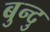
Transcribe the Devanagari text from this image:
बुन्दु